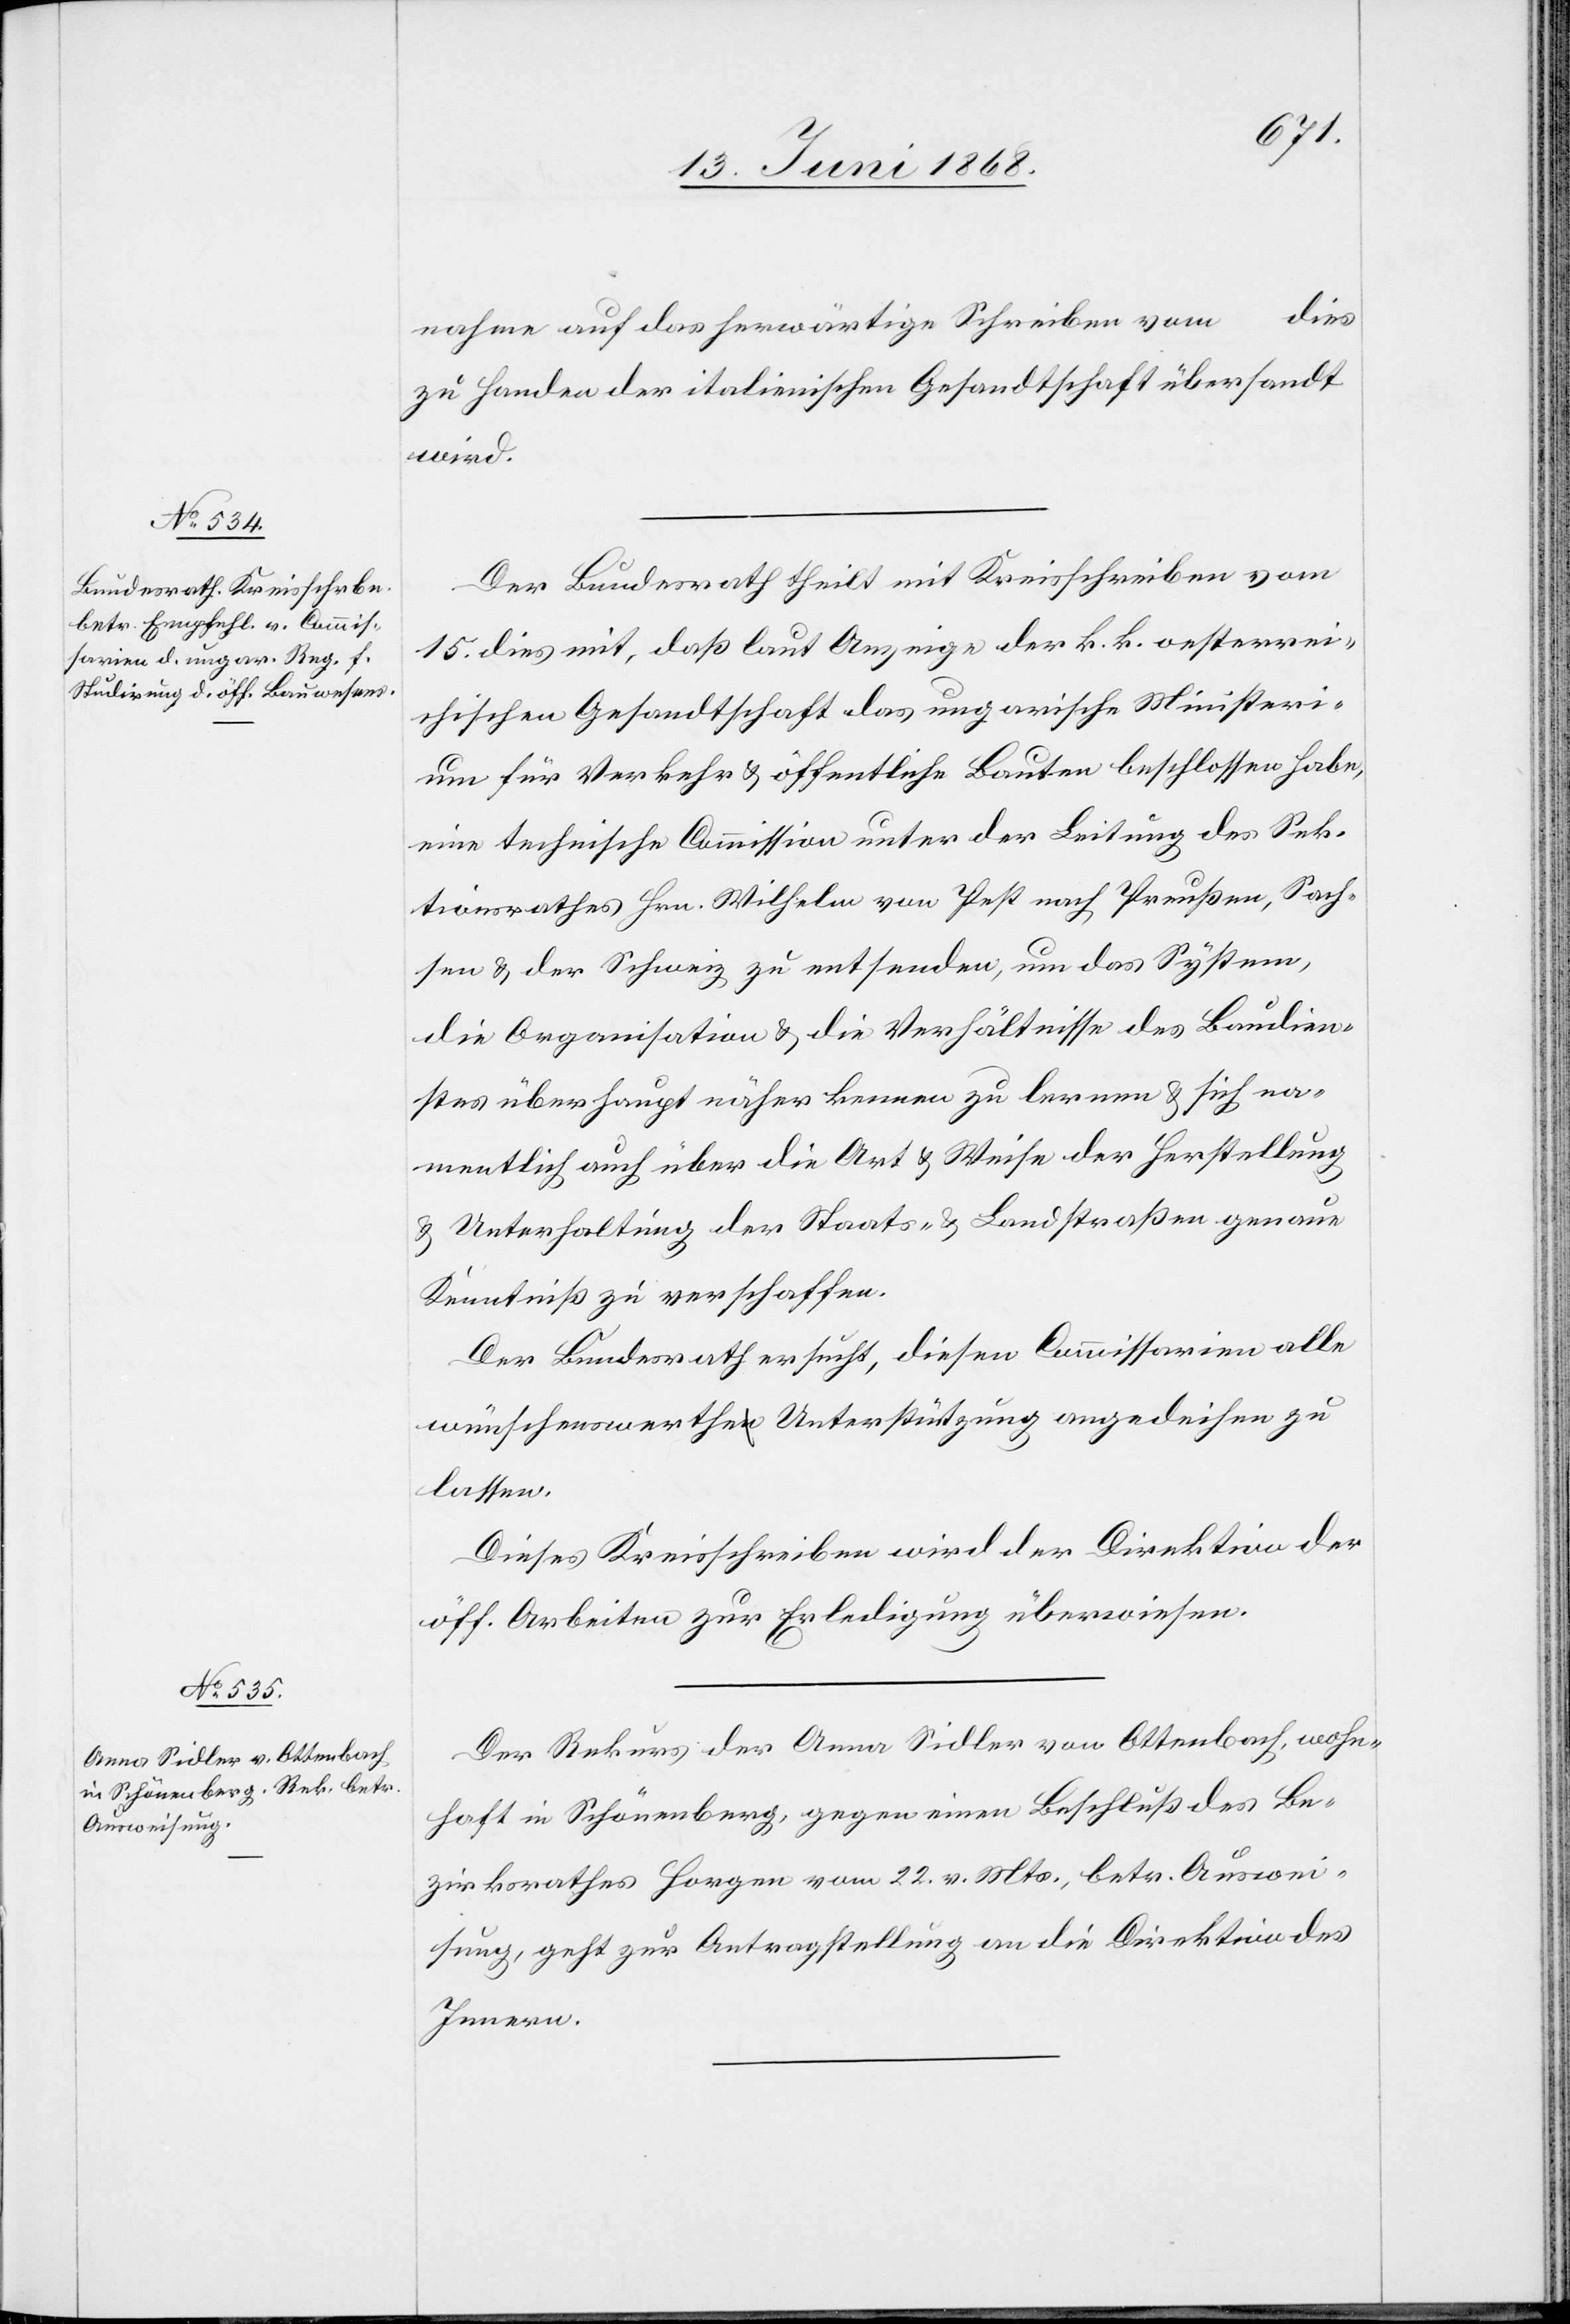
18. Juni 1868.]
dies
nahme auf das herwärtige Schreiben vom
zu Handen der italienischen Gesandtschaft übersandt
wird.
Der Bundesrath theilt mit Kreisschreiben vom
15. dies mit, daß laut Anzeige der k. k. oesterrei¬
chischen Gesandtschaft das ungarische Ministeri¬
um für Verkehr & öffentliche Bauten beschlossen habe,
eine technische Commission unter der Leitung des Sek¬
tionsrathes Hrn. Wilhelm von Pest nach Preußen, Sach¬
sen & der Schweiz zu entsenden, um das System,
die Organisation & die Verhältnisse des Baudien¬
stes überhaupt näher kennen zu lernen & sich na¬
mentlich auch über die Art & Weise der Herstellung
…
& Unterhaltung der Staats- & Landstraßen genaue
Kenntniß zu verschaffen.
Der Bundesrath ersucht, diesen Commissarien alle
wünschenswerthe Unterstützung angedeihen zu
lassen.
Dieses Kreisschreiben wird der Direktion der
öff. Arbeiten zur Erledigung überwiesen.
Der Rekurs der Anna Sidler von Ottenbach, wohn¬
haft in Schönenberg, gegen einen Beschluß des Be¬
zirksrathes Horgen vom 22. v. Mts., betr. Auswei¬
sung, geht zur Antragstellung an die Direktion des
Innern.